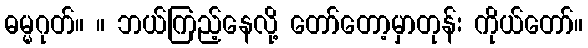
ဓမ္မဂုတ်။ ။ ဘယ်ကြည့်နေလို့ တော်တော့မှာတုန်း ကိုယ်တော်။